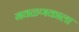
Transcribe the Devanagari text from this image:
गवळणकाला